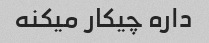
داره چیکار میکنه